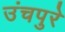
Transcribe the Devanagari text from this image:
उंचपुरे